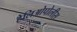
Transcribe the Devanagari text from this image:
हेलिओपोलीस